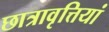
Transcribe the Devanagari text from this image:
छात्रावृत्तियां